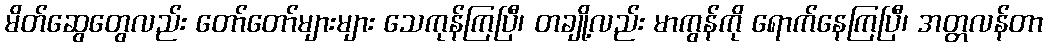
မိတ်ဆွေတွေလည်း တော်တော်များများ သေကုန်ကြပြီ၊ တချို့လည်း မာကွန်ကို ရောက်နေကြပြီ၊ အတ္တလန်တာ